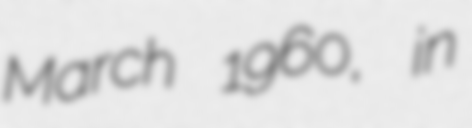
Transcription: March 1960, in